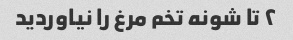
۲ تا شونه تخم مرغ را نیاوردید